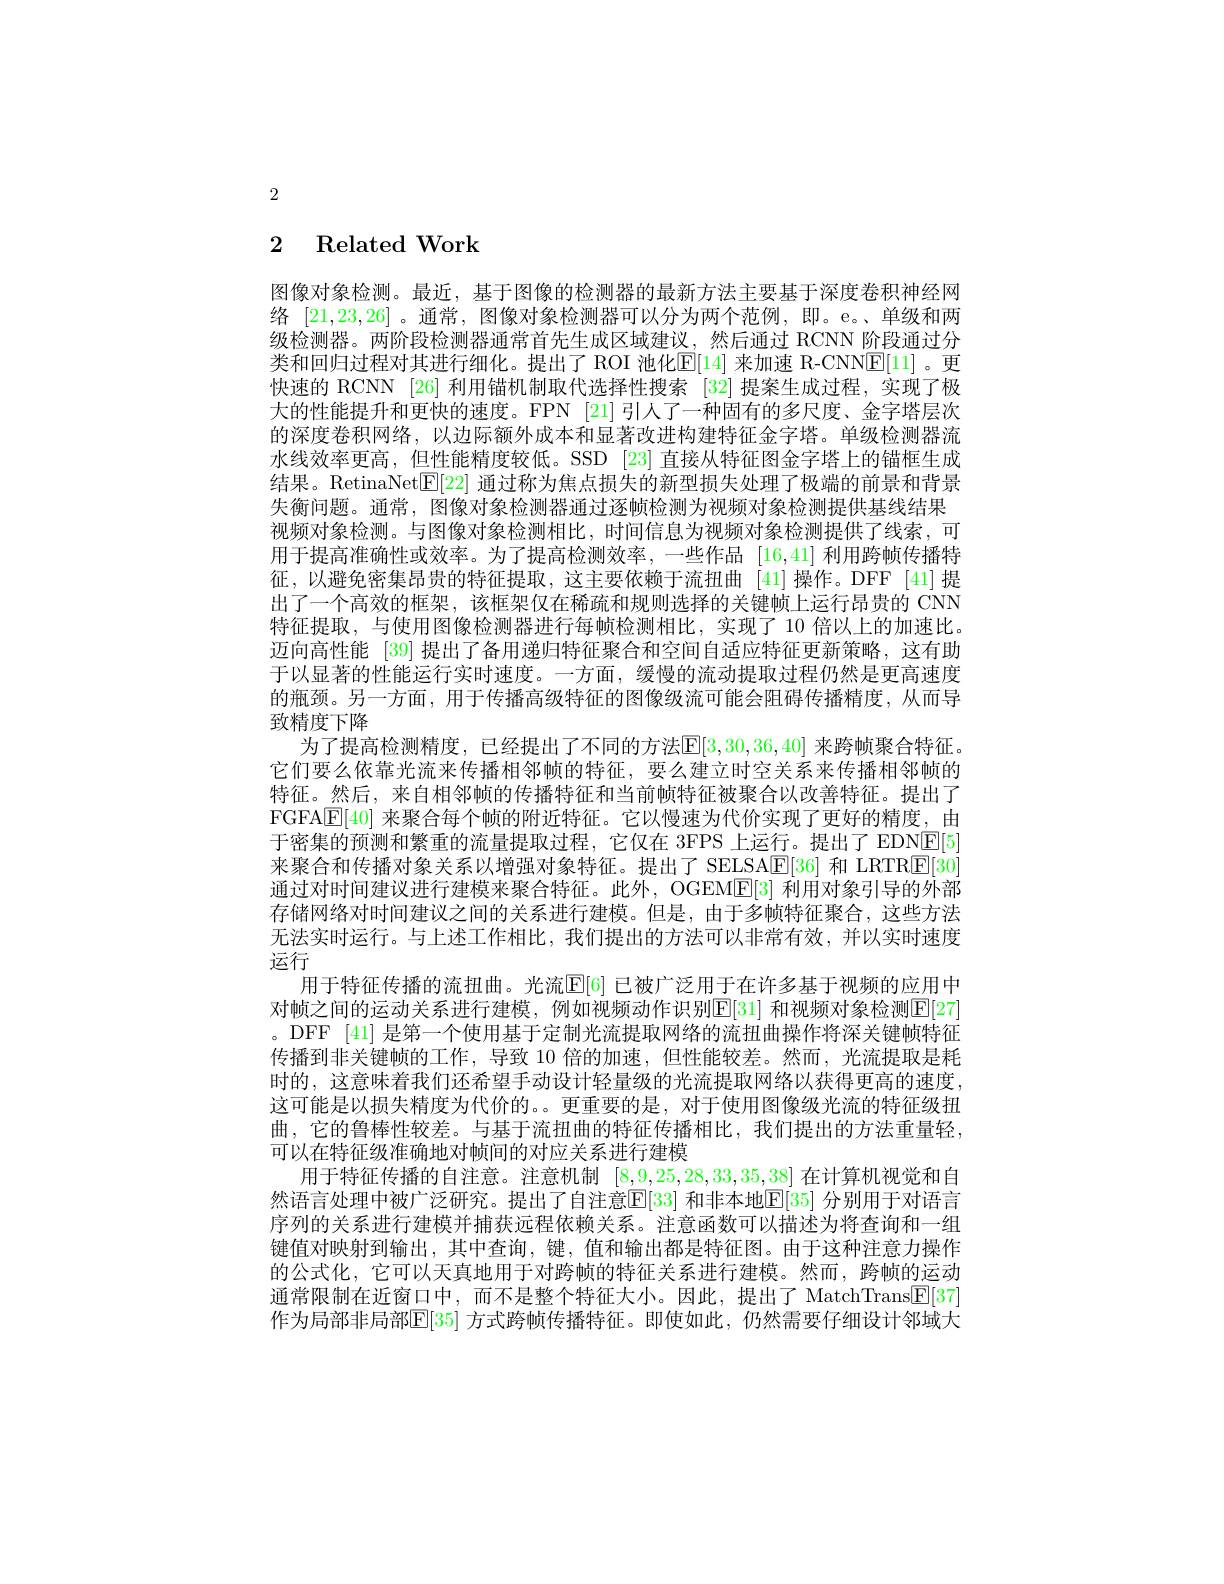
2

## 2 Related Work

图像对象检测。最近，基于图像的检测器的最新方法主要基于深度卷积神经网络[21,23,26] 。通常，图像对象检测器可以分为两个范例，即。e。、单级和两级检测器。两阶段检测器通常首先生成区域建议，然后通过 RCNN 阶段通过分类和回归过程对其进行细化。提出了 ROI 池化$\overline{\mathrm{E}}[14]$ 来加速 R-CNN$\overline{\mathrm{E}}[11]$。更快速的 RCNN [26] 利用锚机制取代选择性搜索 [32] 提案生成过程，实现了极大的性能提升和更快的速度。FPN [21] 引人了一种固有的多尺度、金字塔层次的深度卷积网络，以边际额外成本和显著改进构建特征金字塔。单级检测器流水线效率更高，但性能精度较低。SSD [23] 直接从特征图金字塔上的锚框生成结果。RetinaNet$[\mathbb{E}[22]$通过称为焦点损失的新型损失处理了极端的前景和背景失衡问题。通常，图像对象检测器通过逐帧检测为视频对象检测提供基线结果视频对象检测。与图像对象检测相比，时间信息为视频对象检测提供了线索，可用于提高准确性或效率。为了提高检测效率，一些作品[16,41]利用跨帧传播特征，以避免密集昂贵的特征提取，这主要依赖于流扭曲 [41]操作。DFF [41]提出了一个高效的框架，该框架仅在稀疏和规则选择的关键帧上运行昂贵的 CNN 特征提取，与使用图像检测器进行每帧检测相比，实现了10 倍以上的加速比。迈向高性能[39]提出了备用递归特征聚合和空间自适应特征更新策略，这有助于以显著的性能运行实时速度。一方面，缓慢的流动提取过程仍然是更高速度的瓶颈。另一方面，用于传播高级特征的图像级流可能会阻碍传播精度，从而导致精度下降
为了提高检测精度，已经提出了不同的方法$\mathbb{E}[3,30,36,40]$ 来跨帧聚合特征。它们要么依靠光流来传播相邻帧的特征，要么建立时空关系来传播相邻帧的特征。然后，来自相邻帧的传播特征和当前帧特征被聚合以改善特征。提出了FGFA$\boxed{\mathbb{E}[40]\text{ 来聚合每个帧的附近特征。它以慢速为代价实现了更好的精度，由}}$ 于密集的预测和繁重的流量提取过程，它仅在 3FPS 上运行。提出了 EDNE[5] 来聚合和传播对象关系以增强对象特征。提出了 SELSA[E][36] 和 LRTR[E[30] 通过对时间建议进行建模来聚合特征。此外，OGEME[3] 利用对象引导的外部存储网络对时间建议之间的关系进行建模。但是，由于多帧特征聚合，这些方法无法实时运行。与上述工作相比，我们提出的方法可以非常有效，并以实时速度运行
用于特征传播的流扭曲。光流$[\mathbb{E}[6]$ 已被广泛用于在许多基于视频的应用中对帧之间的运动关系进行建模，例如视频动作识别$\mathbb{E}|$31] 和视频对象检测$\mathbb{E}|$27 。DFF [41] 是第一个使用基于定制光流提取网络的流扭曲操作将深关键帧特征传播到非关键帧的工作，导致 10 倍的加速，但性能较差。然而，光流提取是耗时的，这意味着我们还希望手动设计轻量级的光流提取网络以获得更高的速度这可能是以损失精度为代价的。。更重要的是，对于使用图像级光流的特征级扭曲，它的鲁棒性较差。与基于流扭曲的特征传播相比，我们提出的方法重量轻， 可以在特征级准确地对帧间的对应关系进行建模
用于特征传播的自注意。注意机制$[8,\underline{9},25,28,33,35,38]$在计算机视觉和自然语言处理中被广泛研究。提出了自注意E[33] 和非本地$\mathbb{E}[35]$ 分别用于对语言序列的关系进行建模并捕获远程依赖关系。注意函数可以描述为将查询和一组键值对映射到输出，其中查询，键，值和输出都是特征图。由于这种注意力操作的公式化，它可以天真地用于对跨帧的特征关系进行建模。然而，跨帧的运动通常限制在近窗口中，而不是整个特征大小。因此，提出了 MatchTrans$\underline{\mathrm{E}}[37]$ 作为局部非局部$\boxed{\mathrm{E}}[35]$ 方式跨帧传播特征。即使如此，仍然需要仔细设计邻域大